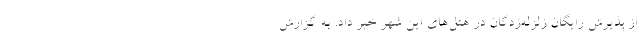
از پذیرش رایگان زلزله‌زدگان در هتل‌های این شهر خبر داد. به گزارش